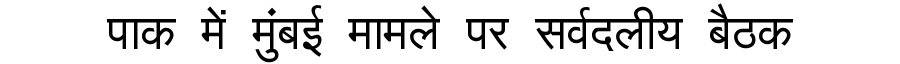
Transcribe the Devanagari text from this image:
पाक में मुंबई मामले पर सर्वदलीय बैठक